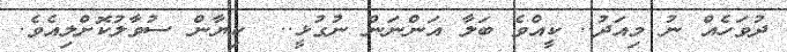
ދުވަހެއް ނު މިއަދު.. ކީއްވެ ބަލާ އަންނަން ނުގުޅީ..  ކިޔާން ސުވާލުކޮށްލިއެވެ.